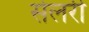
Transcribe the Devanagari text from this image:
सेलरी